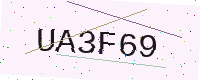
Text: UA3F69